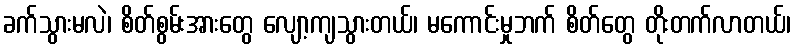
ခက်သွားမလဲ၊ စိတ်စွမ်းအားတွေ လျော့ကျသွားတယ်၊ မကောင်းမှုဘက် စိတ်တွေ တိုးတက်လာတယ်၊